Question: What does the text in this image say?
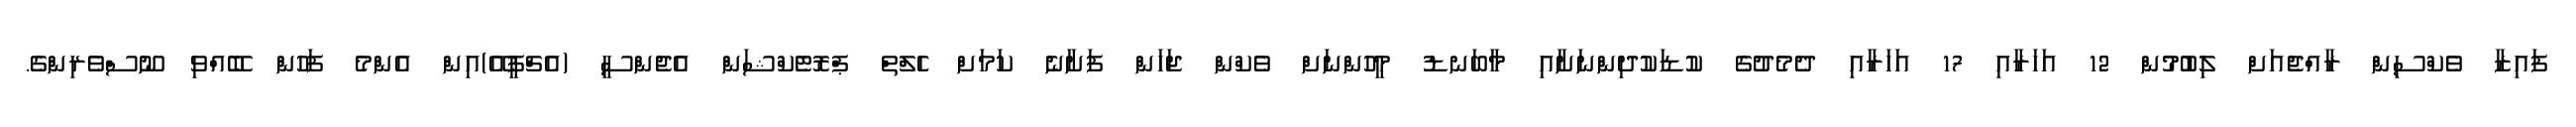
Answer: ފައިޒާ ވެކްސިން ރާއްޖެއަށް ލިބުމުން 12 އަހަރާއި 17 އަހަރާއި ދެމެދުގެ ކުޑަކުދިންނަށާއި މާބަނޑު މީހުންނަށް ވެކްން ޖަހަން ފަށާނެ ކަމަށް ހެލްތް ޕްރޮޓެކްޝަން އެޖެންސީ (އެޗްޕީއޭ)އިން އެންމެ ފަހުން ބޭއްވި ނޫސްވެރިންގެ.